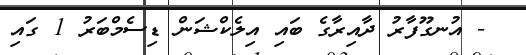
- އުނގޫފާރު ދާއިރާގެ ބައި އިލެކްޝަން ޑިސެމްބަރު 1 ގައި